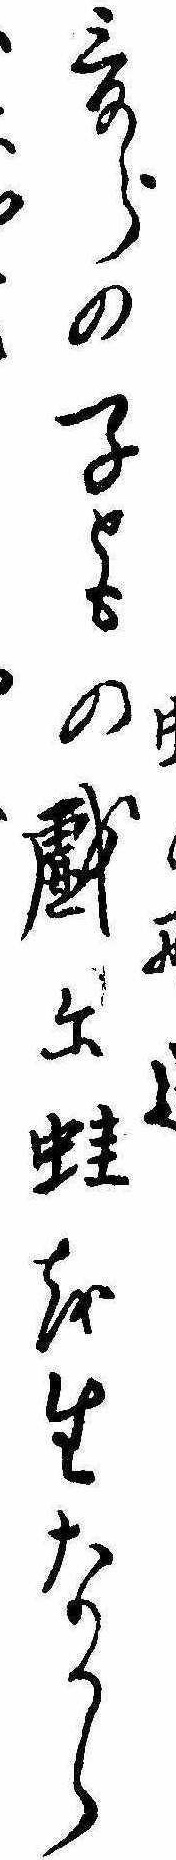
爰らの子ともの戯に蛙を生なから